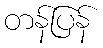
တန်ပြန်